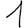
Digit: 1